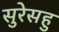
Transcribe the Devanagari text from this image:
सुरेसहु